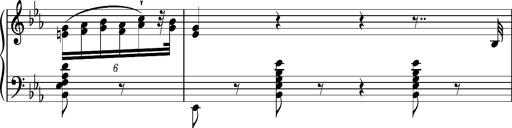
Title: Magyar rapszÃ³diÃ¡k
Composer: Franz Liszt